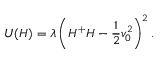
U ( H ) = \lambda \left( H ^ { + } H - \frac { 1 } { 2 } v _ { 0 } ^ { 2 } \right) ^ { 2 } .